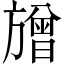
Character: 𱡷